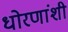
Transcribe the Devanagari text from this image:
धोरणांशी